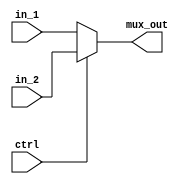
module mux2_1(in_1, in_2, ctrl, mux_out);
	input [15:0] in_1;
	input [15:0] in_2;
	input ctrl;
	output [15:0] mux_out;
	
	assign mux_out = ctrl ? in_2: in_1;
	
endmodule